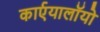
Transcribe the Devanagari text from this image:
कार्एयालाॅयो